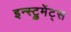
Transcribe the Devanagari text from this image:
इन्स्ट्रुमेंट्‌स